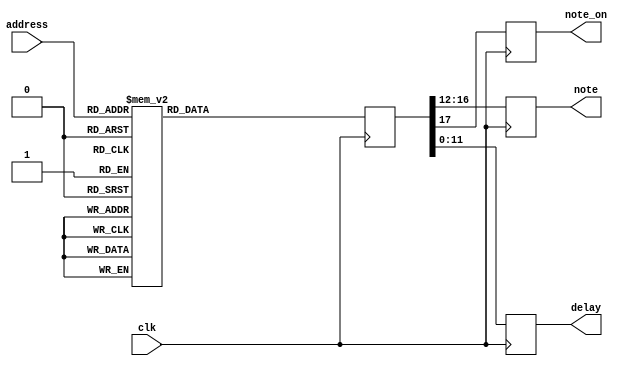
module notes_sequence_Yoshi2_0(
	input clk,
	input [8:0] address,
	output reg [4:0] note,
	output reg note_on,
	output reg [11:0] delay
);

reg [17:0] note_;

always @(posedge clk) begin
case(address)
0:note_<=18'b101000000000000000;
1:note_<=18'b001000000011110000;
2:note_<=18'b100111000000000000;
3:note_<=18'b000111000011110000;
4:note_<=18'b101000000000000000;
5:note_<=18'b001000000111100000;
6:note_<=18'b100101000000000000;
7:note_<=18'b000101000111100000;
8:note_<=18'b100101000000000000;
9:note_<=18'b000101001011010000;
10:note_<=18'b100011000000000000;
11:note_<=18'b000011000011110000;
12:note_<=18'b100001000000000000;
13:note_<=18'b000001000111100000;
14:note_<=18'b100101000000000000;
15:note_<=18'b000101000111100000;
16:note_<=18'b100101000000000000;
17:note_<=18'b000101001111000000;
18:note_<=18'b100110000000000000;
19:note_<=18'b000110000011110000;
20:note_<=18'b100110000000000000;
21:note_<=18'b000110000011110000;
22:note_<=18'b100101000011110000;
23:note_<=18'b000101000011110000;
24:note_<=18'b100110000000000000;
25:note_<=18'b000110000111100000;
26:note_<=18'b101000000000000000;
27:note_<=18'b001000000111100000;
28:note_<=18'b101010000000000000;
29:note_<=18'b001010010110100000;
30:note_<=18'b100110000000000000;
31:note_<=18'b000110000011110000;
32:note_<=18'b100101000000000000;
33:note_<=18'b000101000011110000;
34:note_<=18'b100110000000000000;
35:note_<=18'b000110000111100000;
36:note_<=18'b100011000000000000;
37:note_<=18'b000011000111100000;
38:note_<=18'b100011000000000000;
39:note_<=18'b000011001011010000;
40:note_<=18'b100001000000000000;
41:note_<=18'b000001000011110000;
42:note_<=18'b100000000000000000;
43:note_<=18'b000000000111100000;
44:note_<=18'b100011000000000000;
45:note_<=18'b000011000111100000;
46:note_<=18'b100011000000000000;
47:note_<=18'b000011001111000000;
48:note_<=18'b100101000000000000;
49:note_<=18'b000101000011110000;
50:note_<=18'b100101000000000000;
51:note_<=18'b000101000011110000;
52:note_<=18'b100011000011110000;
53:note_<=18'b000011000011110000;
54:note_<=18'b100101000000000000;
55:note_<=18'b000101000111100000;
56:note_<=18'b100011000000000000;
57:note_<=18'b000011000111100000;
58:note_<=18'b100001000000000000;
59:note_<=18'b000001010110100000;
60:note_<=18'b101000000000000000;
61:note_<=18'b001000000011110000;
62:note_<=18'b100111000000000000;
63:note_<=18'b000111000011110000;
64:note_<=18'b101000000000000000;
65:note_<=18'b001000000111100000;
66:note_<=18'b100101000000000000;
67:note_<=18'b000101000111100000;
68:note_<=18'b100101000000000000;
69:note_<=18'b000101001011010000;
70:note_<=18'b100011000000000000;
71:note_<=18'b000011000011110000;
72:note_<=18'b100001000000000000;
73:note_<=18'b000001000111100000;
74:note_<=18'b100101000000000000;
75:note_<=18'b000101000111100000;
76:note_<=18'b100101000000000000;
77:note_<=18'b000101001111000000;
78:note_<=18'b100110000000000000;
79:note_<=18'b000110000011110000;
80:note_<=18'b100110000000000000;
81:note_<=18'b000110000011110000;
82:note_<=18'b100101000011110000;
83:note_<=18'b000101000011110000;
84:note_<=18'b100110000000000000;
85:note_<=18'b000110000111100000;
86:note_<=18'b101000000000000000;
87:note_<=18'b001000000111100000;
88:note_<=18'b101010000000000000;
89:note_<=18'b001010010110100000;
90:note_<=18'b100110000000000000;
91:note_<=18'b000110000011110000;
92:note_<=18'b100101000000000000;
93:note_<=18'b000101000011110000;
94:note_<=18'b100110000000000000;
95:note_<=18'b000110000111100000;
96:note_<=18'b100011000000000000;
97:note_<=18'b000011000111100000;
98:note_<=18'b100011000000000000;
99:note_<=18'b000011001011010000;
100:note_<=18'b100001000000000000;
101:note_<=18'b000001000011110000;
102:note_<=18'b100000000000000000;
103:note_<=18'b000000000111100000;
104:note_<=18'b100011000000000000;
105:note_<=18'b000011000111100000;
106:note_<=18'b100011000000000000;
107:note_<=18'b000011001111000000;
108:note_<=18'b100101000000000000;
109:note_<=18'b000101000011110000;
110:note_<=18'b100101000000000000;
111:note_<=18'b000101000011110000;
112:note_<=18'b100011000011110000;
113:note_<=18'b000011000011110000;
114:note_<=18'b100101000000000000;
115:note_<=18'b000101000111100000;
116:note_<=18'b100011000000000000;
117:note_<=18'b000011000111100000;
118:note_<=18'b100001000000000000;
119:note_<=18'b000001000111100000;
120:note_<=18'b100001000000000000;
121:note_<=18'b000001000111100000;
122:note_<=18'b100011000000000000;
123:note_<=18'b000011000111100000;
124:note_<=18'b100101000000000000;
125:note_<=18'b000101000111100000;
126:note_<=18'b100110000000000000;
127:note_<=18'b000110001111000000;
128:note_<=18'b101010000000000000;
129:note_<=18'b001010010110100000;
130:note_<=18'b101010000000000000;
131:note_<=18'b001010000111100000;
132:note_<=18'b101000000000000000;
133:note_<=18'b001000000111100000;
134:note_<=18'b100110000000000000;
135:note_<=18'b000110000111100000;
136:note_<=18'b100101000000000000;
137:note_<=18'b000101001111000000;
138:note_<=18'b101000000000000000;
139:note_<=18'b001000010110100000;
140:note_<=18'b101000000000000000;
141:note_<=18'b001000000111100000;
142:note_<=18'b100110000000000000;
143:note_<=18'b000110000111100000;
144:note_<=18'b100101000000000000;
145:note_<=18'b000101000111100000;
146:note_<=18'b100011000000000000;
147:note_<=18'b000011001111000000;
148:note_<=18'b100110000000000000;
149:note_<=18'b000110010110100000;
150:note_<=18'b100110000000000000;
151:note_<=18'b000110000111100000;
152:note_<=18'b100101000000000000;
153:note_<=18'b000101000111100000;
154:note_<=18'b100011000000000000;
155:note_<=18'b000011000111100000;
156:note_<=18'b100101000000000000;
157:note_<=18'b000101001111000000;
158:note_<=18'b100110000000000000;
159:note_<=18'b000110001111000000;
160:note_<=18'b101000000000000000;
161:note_<=18'b001000000111100000;
162:note_<=18'b100001000000000000;
163:note_<=18'b000001000111100000;
164:note_<=18'b100011000000000000;
165:note_<=18'b000011000111100000;
166:note_<=18'b100101000000000000;
167:note_<=18'b000101000111100000;
168:note_<=18'b100110000000000000;
169:note_<=18'b000110001111000000;
170:note_<=18'b101010000000000000;
171:note_<=18'b001010010110100000;
172:note_<=18'b101010000000000000;
173:note_<=18'b001010000111100000;
174:note_<=18'b101100000000000000;
175:note_<=18'b001100000111100000;
176:note_<=18'b101101000000000000;
177:note_<=18'b001101000111100000;
178:note_<=18'b110001000000000000;
179:note_<=18'b010001001111000000;
180:note_<=18'b101111000000000000;
181:note_<=18'b001111001111000000;
182:note_<=18'b101110000000000000;
183:note_<=18'b001110001111000000;
184:note_<=18'b101001000000000000;
185:note_<=18'b001001000111100000;
186:note_<=18'b101010000000000000;
187:note_<=18'b001010000111100000;
188:note_<=18'b101111000000000000;
189:note_<=18'b001111001111000000;
190:note_<=18'b101010000000000000;
191:note_<=18'b001010001111000000;
192:note_<=18'b101000000000000000;
193:note_<=18'b001000000111100000;
194:note_<=18'b110001000000000000;
195:note_<=18'b010001000111100000;
196:note_<=18'b101111000000000000;
197:note_<=18'b001111000111100000;
198:note_<=18'b101100000000000000;
199:note_<=18'b001100000111100000;
200:note_<=18'b101101000000000000;
201:note_<=18'b001101110100100000;
202:note_<=18'b101000000000000000;
203:note_<=18'b001000000011110000;
204:note_<=18'b100111000000000000;
205:note_<=18'b000111000011110000;
206:note_<=18'b101000000000000000;
207:note_<=18'b001000000111100000;
208:note_<=18'b100101000000000000;
209:note_<=18'b000101000111100000;
210:note_<=18'b100101000000000000;
211:note_<=18'b000101001011010000;
212:note_<=18'b100011000000000000;
213:note_<=18'b000011000011110000;
214:note_<=18'b100001000000000000;
215:note_<=18'b000001000111100000;
216:note_<=18'b100101000000000000;
217:note_<=18'b000101000111100000;
218:note_<=18'b100101000000000000;
219:note_<=18'b000101001111000000;
220:note_<=18'b100110000000000000;
221:note_<=18'b000110000011110000;
222:note_<=18'b100110000000000000;
223:note_<=18'b000110000011110000;
224:note_<=18'b100101000011110000;
225:note_<=18'b000101000011110000;
226:note_<=18'b100110000000000000;
227:note_<=18'b000110000111100000;
228:note_<=18'b101000000000000000;
229:note_<=18'b001000000111100000;
230:note_<=18'b101010000000000000;
231:note_<=18'b001010010110100000;
232:note_<=18'b100110000000000000;
233:note_<=18'b000110000011110000;
234:note_<=18'b100101000000000000;
235:note_<=18'b000101000011110000;
236:note_<=18'b100110000000000000;
237:note_<=18'b000110000111100000;
238:note_<=18'b100011000000000000;
239:note_<=18'b000011000111100000;
240:note_<=18'b100011000000000000;
241:note_<=18'b000011001011010000;
242:note_<=18'b100001000000000000;
243:note_<=18'b000001000011110000;
244:note_<=18'b100000000000000000;
245:note_<=18'b000000000111100000;
246:note_<=18'b100011000000000000;
247:note_<=18'b000011000111100000;
248:note_<=18'b100011000000000000;
249:note_<=18'b000011001111000000;
250:note_<=18'b100101000000000000;
251:note_<=18'b000101000011110000;
252:note_<=18'b100101000000000000;
253:note_<=18'b000101000011110000;
254:note_<=18'b100011000011110000;
255:note_<=18'b000011000011110000;
256:note_<=18'b100101000000000000;
257:note_<=18'b000101000111100000;
258:note_<=18'b100011000000000000;
259:note_<=18'b000011000111100000;
260:note_<=18'b100001000000000000;
261:note_<=18'b000001010110100000;
262:note_<=18'b101000000000000000;
263:note_<=18'b001000000011110000;
264:note_<=18'b100111000000000000;
265:note_<=18'b000111000011110000;
266:note_<=18'b101000000000000000;
267:note_<=18'b001000000111100000;
268:note_<=18'b100101000000000000;
269:note_<=18'b000101000111100000;
270:note_<=18'b100101000000000000;
271:note_<=18'b000101001011010000;
272:note_<=18'b100011000000000000;
273:note_<=18'b000011000011110000;
274:note_<=18'b100001000000000000;
275:note_<=18'b000001000111100000;
276:note_<=18'b100101000000000000;
277:note_<=18'b000101000111100000;
278:note_<=18'b100101000000000000;
279:note_<=18'b000101001111000000;
280:note_<=18'b100110000000000000;
281:note_<=18'b000110000011110000;
282:note_<=18'b100110000000000000;
283:note_<=18'b000110000011110000;
284:note_<=18'b100101000011110000;
285:note_<=18'b000101000011110000;
286:note_<=18'b100110000000000000;
287:note_<=18'b000110000111100000;
288:note_<=18'b101000000000000000;
289:note_<=18'b001000000111100000;
290:note_<=18'b101010000000000000;
291:note_<=18'b001010010110100000;
292:note_<=18'b100110000000000000;
293:note_<=18'b000110000011110000;
294:note_<=18'b100101000000000000;
295:note_<=18'b000101000011110000;
296:note_<=18'b100110000000000000;
297:note_<=18'b000110000111100000;
298:note_<=18'b100011000000000000;
299:note_<=18'b000011000111100000;
300:note_<=18'b100011000000000000;
301:note_<=18'b000011001011010000;
302:note_<=18'b100001000000000000;
303:note_<=18'b000001000011110000;
304:note_<=18'b100000000000000000;
305:note_<=18'b000000000111100000;
306:note_<=18'b100011000000000000;
307:note_<=18'b000011000111100000;
308:note_<=18'b100011000000000000;
309:note_<=18'b000011001111000000;
310:note_<=18'b100101000000000000;
311:note_<=18'b000101000011110000;
312:note_<=18'b100101000000000000;
313:note_<=18'b000101000011110000;
314:note_<=18'b100011000011110000;
315:note_<=18'b000011000011110000;
316:note_<=18'b100101000000000000;
317:note_<=18'b000101000111100000;
318:note_<=18'b100011000000000000;
319:note_<=18'b000011000111100000;
320:note_<=18'b100001000000000000;
321:note_<=18'b000001000111100000;
322:note_<=18'b100001000000000000;
323:note_<=18'b000001000111100000;
324:note_<=18'b100011000000000000;
325:note_<=18'b000011000111100000;
326:note_<=18'b100101000000000000;
327:note_<=18'b000101000111100000;
328:note_<=18'b100110000000000000;
329:note_<=18'b000110001111000000;
330:note_<=18'b101010000000000000;
331:note_<=18'b001010010110100000;
332:note_<=18'b101010000000000000;
333:note_<=18'b001010000111100000;
334:note_<=18'b101000000000000000;
335:note_<=18'b001000000111100000;
336:note_<=18'b100110000000000000;
337:note_<=18'b000110000111100000;
338:note_<=18'b100101000000000000;
339:note_<=18'b000101001111000000;
340:note_<=18'b101000000000000000;
341:note_<=18'b001000010110100000;
342:note_<=18'b101000000000000000;
343:note_<=18'b001000000111100000;
344:note_<=18'b100110000000000000;
345:note_<=18'b000110000111100000;
346:note_<=18'b100101000000000000;
347:note_<=18'b000101000111100000;
348:note_<=18'b100011000000000000;
349:note_<=18'b000011001111000000;
350:note_<=18'b100110000000000000;
351:note_<=18'b000110010110100000;
352:note_<=18'b100110000000000000;
353:note_<=18'b000110000111100000;
354:note_<=18'b100101000000000000;
355:note_<=18'b000101000111100000;
356:note_<=18'b100011000000000000;
357:note_<=18'b000011000111100000;
358:note_<=18'b100101000000000000;
359:note_<=18'b000101001111000000;
360:note_<=18'b100110000000000000;
361:note_<=18'b000110001111000000;
362:note_<=18'b101000000000000000;
363:note_<=18'b001000000111100000;
364:note_<=18'b100001000000000000;
365:note_<=18'b000001000111100000;
366:note_<=18'b100011000000000000;
367:note_<=18'b000011000111100000;
368:note_<=18'b100101000000000000;
369:note_<=18'b000101000111100000;
370:note_<=18'b100110000000000000;
371:note_<=18'b000110001111000000;
372:note_<=18'b101010000000000000;
373:note_<=18'b001010010110100000;
374:note_<=18'b101010000000000000;
375:note_<=18'b001010000111100000;
376:note_<=18'b101100000000000000;
377:note_<=18'b001100000111100000;
378:note_<=18'b101101000000000000;
379:note_<=18'b001101000111100000;
380:note_<=18'b110001000000000000;
381:note_<=18'b010001001111000000;
382:note_<=18'b101111000000000000;
383:note_<=18'b001111001111000000;
384:note_<=18'b101110000000000000;
385:note_<=18'b001110001111000000;
386:note_<=18'b101001000000000000;
387:note_<=18'b001001000111100000;
388:note_<=18'b101010000000000000;
389:note_<=18'b001010000111100000;
390:note_<=18'b101111000000000000;
391:note_<=18'b001111001111000000;
392:note_<=18'b101010000000000000;
393:note_<=18'b001010001111000000;
394:note_<=18'b101000000000000000;
395:note_<=18'b001000000111100000;
396:note_<=18'b110001000000000000;
397:note_<=18'b010001000111100000;
398:note_<=18'b101111000000000000;
399:note_<=18'b001111000111100000;
400:note_<=18'b101100000000000000;
401:note_<=18'b001100000111100000;
402:note_<=18'b101101000000000000;
403:note_<=18'b001101110100100000;
404:note_<=18'b101000000000000000;
405:note_<=18'b001000000011110000;
406:note_<=18'b100111000000000000;
407:note_<=18'b000111000011110000;
408:note_<=18'b101000000000000000;
409:note_<=18'b001000000111100000;
410:note_<=18'b100101000000000000;
411:note_<=18'b000101000111100000;
412:note_<=18'b100101000000000000;
413:note_<=18'b000101001011010000;
414:note_<=18'b100011000000000000;
415:note_<=18'b000011000011110000;
416:note_<=18'b100001000000000000;
417:note_<=18'b000001000111100000;
418:note_<=18'b100101000000000000;
419:note_<=18'b000101000111100000;
420:note_<=18'b100101000000000000;
421:note_<=18'b000101001111000000;
422:note_<=18'b100110000000000000;
423:note_<=18'b000110000011110000;
424:note_<=18'b100110000000000000;
425:note_<=18'b000110000011110000;
426:note_<=18'b100101000011110000;
427:note_<=18'b000101000011110000;
428:note_<=18'b100110000000000000;
429:note_<=18'b000110000001010001;
430:note_<=18'b101000000000000000;
431:note_<=18'b001000000000110011;
432:note_<=18'b101010000000000000;
433:note_<=18'b001010000000101000;
434:note_<=18'b100110000000000000;
435:note_<=18'b000110000001101001;
436:note_<=18'b100101000000000000;
437:note_<=18'b000101000000001001;
438:note_<=18'b100110000000000000;
439:note_<=18'b000110000010011001;
440:note_<=18'b100011000000000000;
441:note_<=18'b000011000000001111;
442:note_<=18'b100011000000000000;
443:note_<=18'b000011000000101111;
444:note_<=18'b100001000000000000;
445:note_<=18'b000001000010011001;
446:note_<=18'b100000000000000000;
447:note_<=18'b000000000001111010;
448:note_<=18'b100011000000000000;
449:note_<=18'b000011000001000000;
450:note_<=18'b100011000000000000;
451:note_<=18'b000011001110111101;
452:note_<=18'b100101000000000000;
453:note_<=18'b000101000011110000;
454:note_<=18'b100101000000000000;
455:note_<=18'b000101000011110000;
default: note_ <= 18'b0;
endcase

note_on <= note_[17:17];
note <= note_[16:12];
delay <= note_[11:0];
end
endmodule